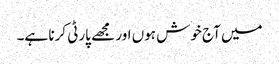
میں آج خوش ہوں اور مجھے پارٹی کرنا ہے۔